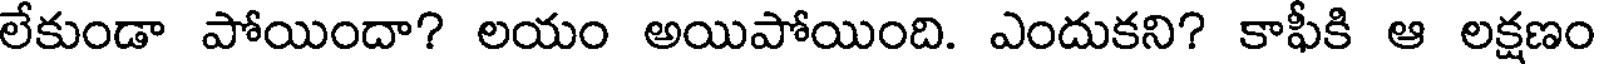
లేకుండా పోయిందా? లయం అయిపోయింది. ఎందుకని? కాఫీకి ఆ లక్షణం